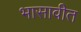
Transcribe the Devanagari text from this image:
भासावीत